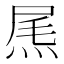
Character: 𤉂